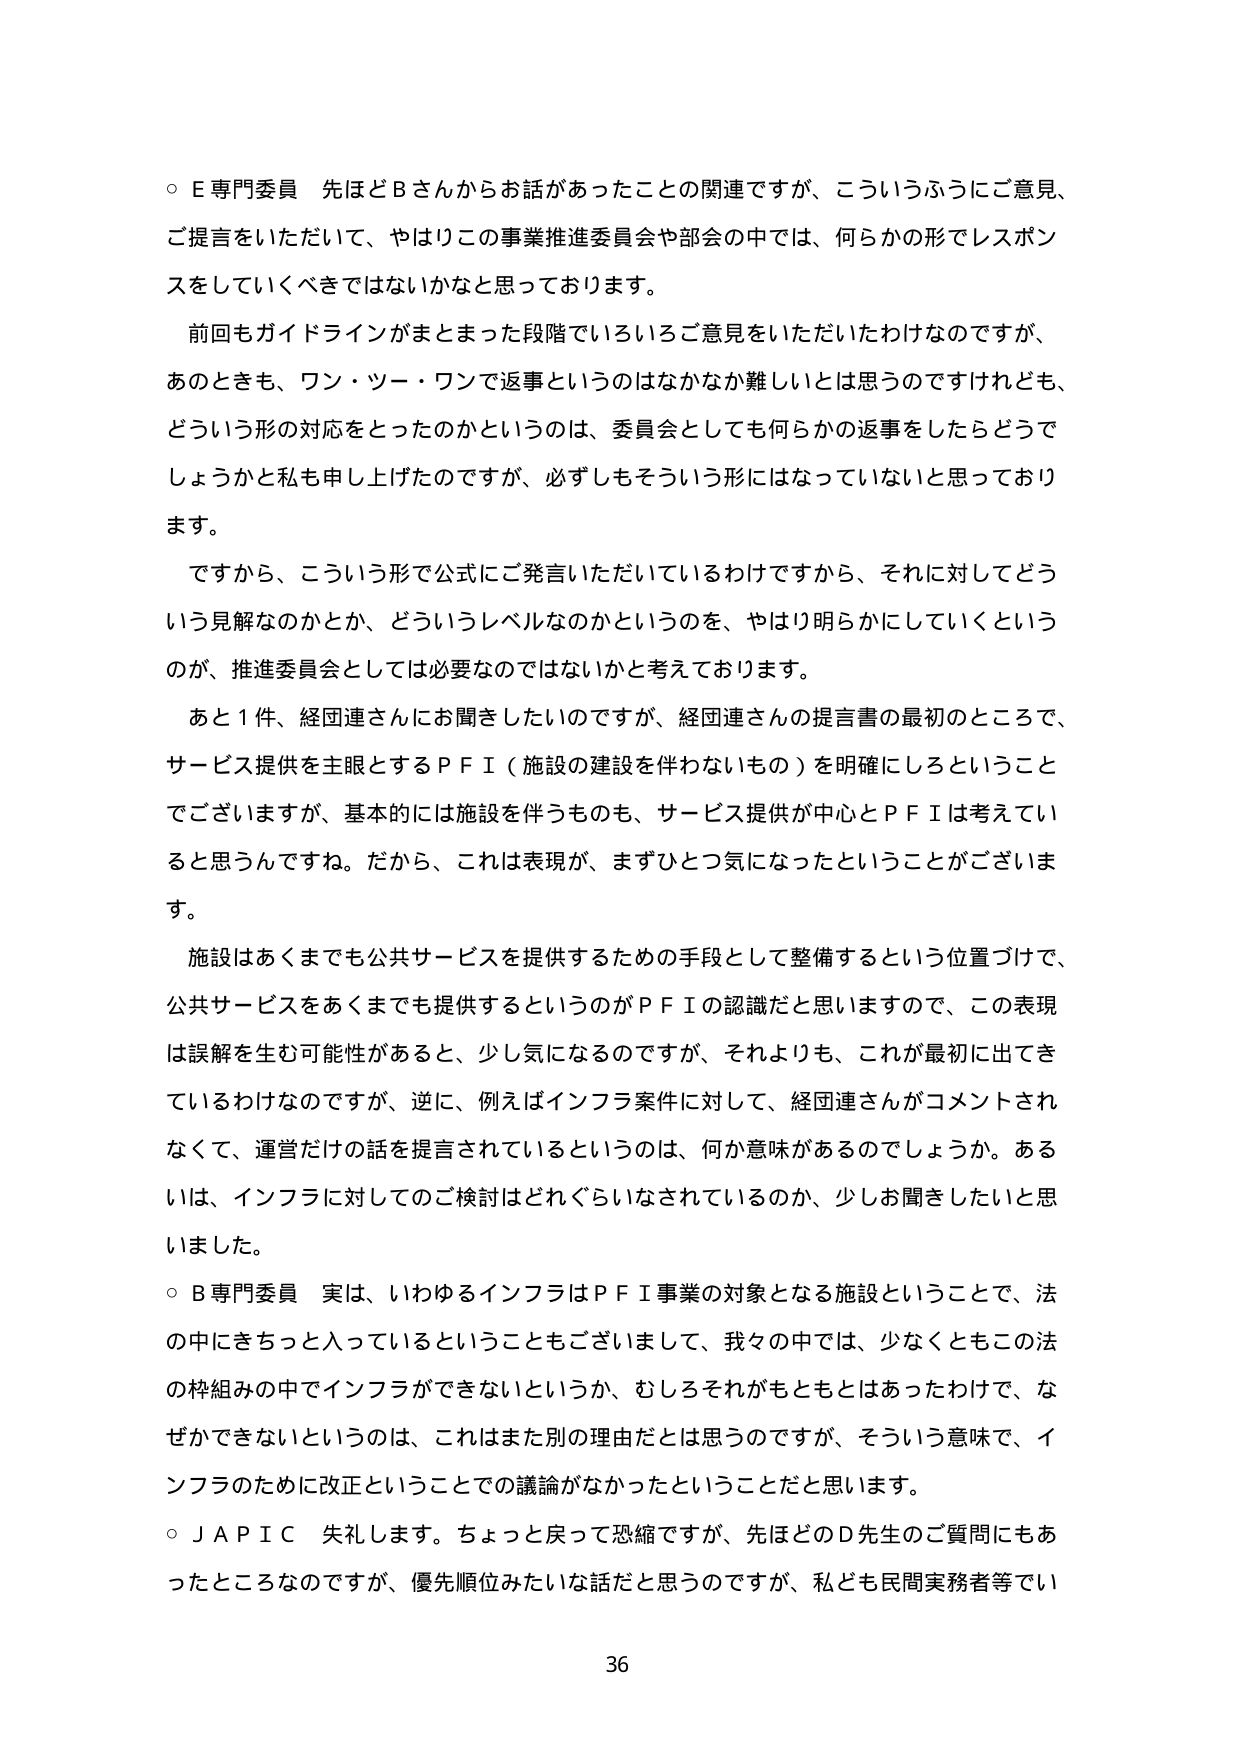
○ E専門委員 先ほどBさんからお話があったことの関連ですが、こういうふうにご意見、ご提言をいただいて、やはりこの事業推進委員会や部会の中では、何らかの形でレスポンスをしていくべきではないかなと思っております。

前回もガイドラインがまとまった段階でいろいろご意見をいただいたわけなのですが、あのときも、ワン・ツー・ワンで返事というのはなかなか難しいとは思うのですけれども、どういう形の対応をとったのかというのは、委員会としても何らかの返事をしたらどうでしょうかと私も申し上げたのですが、必ずしもそういう形にはなっていないと思っております。

ですから、こういう形で公式にご発言いただいているわけですから、それに対してどういう見解なのかとか、どういうレベルなのかというのを、やはり明らかにしていくというのが、推進委員会としては必要なのではないかと考えております。

あと1件、経団連さんにお聞きしたいのですが、経団連さんの提言書の最初のところで、サービス提供を主眼とするＰＦＩ（施設の建設を伴わないもの）を明確にしろということでございますが、基本的には施設を伴うものも、サービス提供が中心とＰＦＩは考えていると思うんですね。だから、これは表現が、まずひとつ気になったということがございます。

施設はあくまでも公共サービスを提供するための手段として整備するという位置づけで、公共サービスをあくまでも提供するというのがＰＦＩの認識だと思いますので、この表現は誤解を生む可能性があると、少し気になるのですが、それよりも、これが最初に出てきているわけなのですが、逆に、例えばインフラ案件に対して、経団連さんがコメントされなくて、運営だけの話を提言されているというのは、何か意味があるのでしょうか。あるいは、インフラに対してのご検討はどれぐらいなされているのか、少しお聞きしたいと思いました。

○ B専門委員 実は、いわゆるインフラはＰＦＩ事業の対象となる施設ということで、法の中にきちっと入っているということもございまして、我々の中では、少なくともこの法の枠組みの中でインフラができないというか、むしろそれがもともとはあったわけで、なぜかできないというのは、これはまた別の理由だとは思うのですが、そういう意味で、インフラのために改正ということでの議論がなかったということだと思います。

○ ＪＡＰＩＣ 失礼します。ちょっと戻って恐縮ですが、先ほどのD先生のご質問にもあったところなのですが、優先順位みたいな話だと思うのですが、私ども民間実務者等でい

36